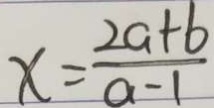
x = \frac { 2 a + b } { a - 1 }